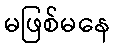
မဖြစ်မနေ